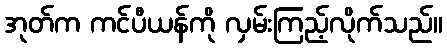
အုတ်က ကင်ပီယန်ကို လှမ်းကြည့်လိုက်သည်။